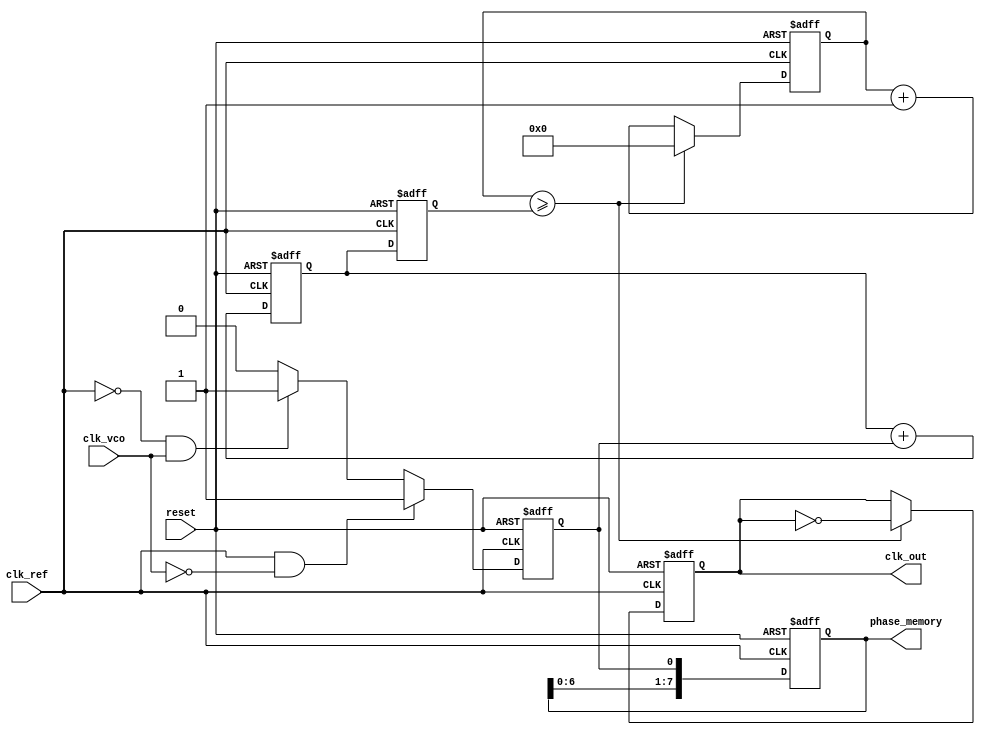
module dpll (
    input wire clk_ref,           // Reference clock input
    input wire clk_vco,           // VCO clock output (feedback)
    input wire reset,             // Asynchronous reset
    output reg clk_out,           // Output clock
    output reg [7:0] phase_memory // Memory block to store phase information
);

// Parameters for phase detector
parameter PHASE_DIFF_WIDTH = 1; // Width of the phase difference signal

// Phase Detector (PD)
reg [PHASE_DIFF_WIDTH-1:0] phase_diff;
always @(posedge clk_ref or posedge reset) begin
    if (reset) begin
        phase_diff <= 0;
    end else begin
        // Basic phase comparison logic
        // This example assumes clk_ref and clk_vco are aligned for simplicity
        if (clk_ref && !clk_vco) begin
            phase_diff <= 1; // clk_ref is leading
        end else if (!clk_ref && clk_vco) begin
            phase_diff <= -1; // clk_vco is leading
        end else begin
            phase_diff <= 0; // Aligned
        end
    end
end

// Loop Filter
reg [7:0] filter_output;
always @(posedge clk_ref or posedge reset) begin
    if (reset) begin
        filter_output <= 8'b0;
    end else begin
        // Simple integrator for loop filter
        filter_output <= filter_output + phase_diff; // Integrate phase difference
    end
end

// Voltage-Controlled Oscillator (VCO)
reg [7:0] vco_frequency;
reg [7:0] vco_counter;
always @(posedge clk_ref or posedge reset) begin
    if (reset) begin
        vco_frequency <= 8'd0;
        vco_counter <= 8'd0;
        clk_out <= 0;
    end else begin
        // Update VCO frequency based on loop filter output
        vco_frequency <= filter_output;

        // Generate output clock signal based on the VCO frequency
        if (vco_counter >= vco_frequency) begin
            clk_out <= ~clk_out;
            vco_counter <= 0;
        end else begin
            vco_counter <= vco_counter + 1;
        end
    end
end

// Memory Block
always @(posedge clk_ref or posedge reset) begin
    if (reset) begin
        phase_memory <= 8'b0; // Clear memory on reset
    end else begin
        // Store phase information (simple shift register example)
        phase_memory <= {phase_memory[6:0], phase_diff}; // Store recent phase differences
    end
end

endmodule